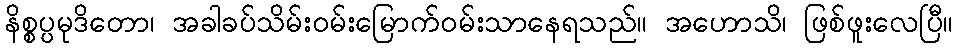
နိစ္စပ္ပမုဒိတော၊ အခါခပ်သိမ်းဝမ်းမြောက်ဝမ်းသာနေရသည်။ အဟောသိ၊ ဖြစ်ဖူးလေပြီ။